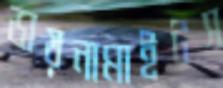
ডায়নামাইটস